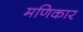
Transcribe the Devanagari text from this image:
मणिकार